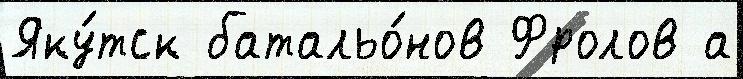
Яку́тск батальо́нов Фролов а